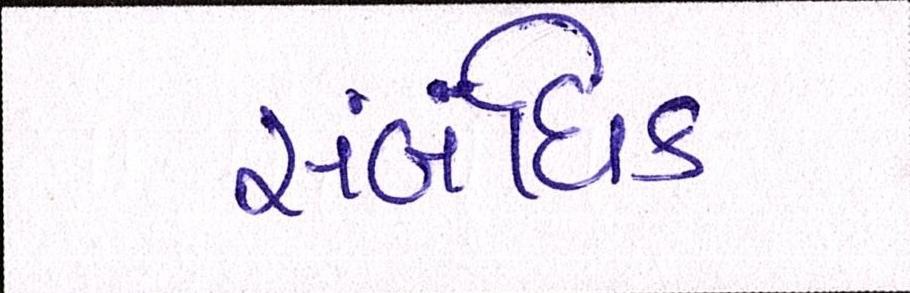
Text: સંબંધિક